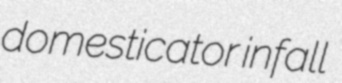
domesticator infall